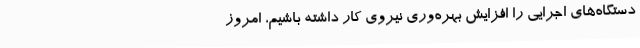
دستگاه‌های اجرایی را افزایش بهره‌وری نیروی کار داشته باشیم، امروز